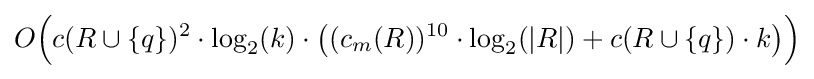
O{\Big (}c(R\cup \{q\})^{2}\cdot \log _{2}(k)\cdot {\big (}(c_{m}(R))^{10}\cdot \log _{2}(|R|)+c(R\cup \{q\})\cdot k{\big )}{\Big )}